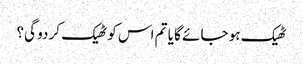
ٹھیک ہو جائے گا یا تم اس کو ٹھیک کر دو گی؟